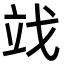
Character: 䇅